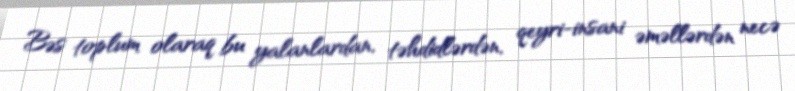
Bəs toplum olaraq bu yalanlardan, təhdidlərdən, qeyri-insani əməllərdən necə